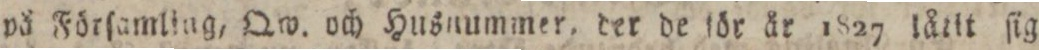
på Förſamling, Qw. och Husnummer. der de för år 1827 låtit ſig